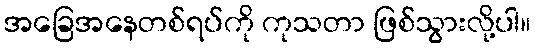
အခြေအနေတစ်ရပ်ကို ကုသတာ ဖြစ်သွားလို့ပါ။